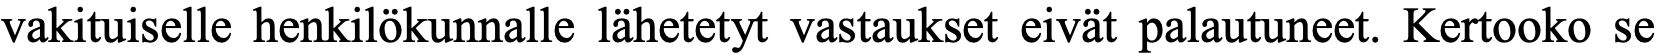
vakituiselle henkilökunnalle lähetetyt vastaukset eivät palautuneet. Kertooko se